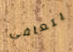
يتعافى